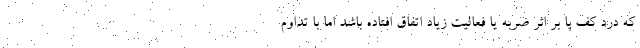
که درد کف پا بر اثر ضربه یا فعالیت زیاد اتفاق افتاده باشد اما با تداوم